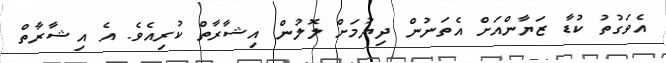
އެވަގުތު ކުޑާ ޒަޔާންއަށް އެތަނުން ދިޔުމަށް ލޮލުން އިޝާރާތް ކުރިއެވެ. އެ އިޝާރާތް